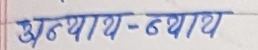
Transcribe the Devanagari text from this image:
अन्याय - न्याय